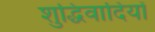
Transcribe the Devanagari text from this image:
शुद्धिवादियों